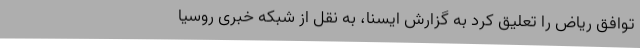
توافق ریاض را تعلیق کرد به گزارش ایسنا، به نقل از شبکه خبری روسیا